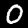
Label: 0